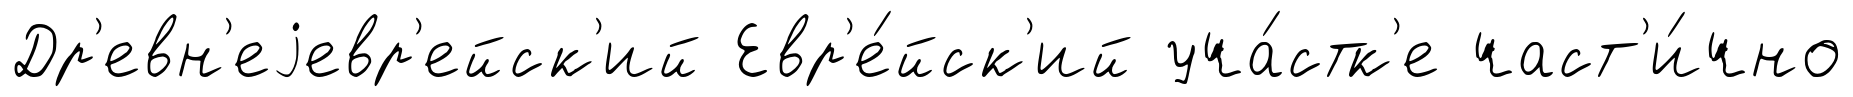
Др'евн'еjевр'ейск'ий Евр'е́йск'ий уча́стк'е част'и́чно